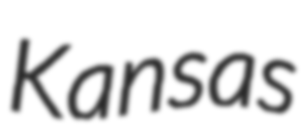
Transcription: Kansas